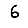
Digit: 6